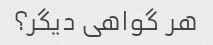
هر گواهی دیگر؟